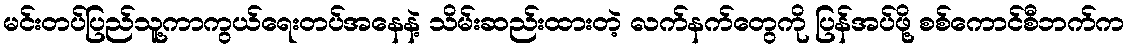
မင်းတပ်ပြည်သူ့ကာကွယ်ရေးတပ်အနေနဲ့ သိမ်းဆည်းထားတဲ့ လက်နက်တွေကို ပြန်အပ်ဖို့ စစ်ကောင်စီဘက်က